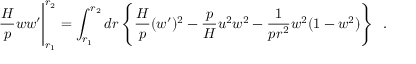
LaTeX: \frac { H } { p } w w ^ { \prime } \Bigg | _ { r _ { 1 } } ^ { r _ { 2 } } = \int _ { r _ { 1 } } ^ { r _ { 2 } } d r \, \Bigg \{ \frac { H } { p } ( w ^ { \prime } ) ^ { 2 } - \frac { p } { H } u ^ { 2 } w ^ { 2 } - \frac { 1 } { p r ^ { 2 } } w ^ { 2 } ( 1 - w ^ { 2 } ) \Bigg \} ~ ~ .